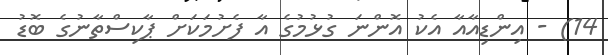
14) - އިންޑިއާއާ އެކު އޮންނަ ގުޅުމުގެ އާ ފެށުމަކަށް ޕާކިސްތާނުގެ ބޮޑު